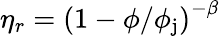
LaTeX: \eta_{r}=\left(1-\phi/\phi_{\mathrm{j}}\right)^{-\beta}